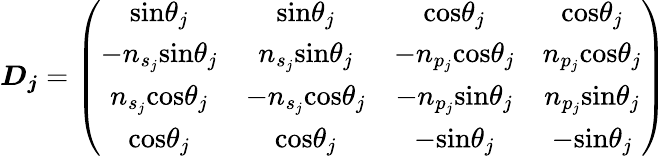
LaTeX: \boldsymbol{D_{j}}=\left(\begin{array}{cccc}{\textrm{sin}\theta_{j}}&{\textrm{sin}\theta_{j}}&{\textrm{cos}\theta_{j}}&{\textrm{cos}\theta_{j}}\\ {-n_{s_{j}}\textrm{sin}\theta_{j}}&{n_{s_{j}}\textrm{sin}\theta_{j}}&{-n_{p_{j}}\textrm{cos}\theta_{j}}&{n_{p_{j}}\textrm{cos}\theta_{j}}\\ {n_{s_{j}}\textrm{cos}\theta_{j}}&{-n_{s_{j}}\textrm{cos}\theta_{j}}&{-n_{p_{j}}\textrm{sin}\theta_{j}}&{n_{p_{j}}\textrm{sin}\theta_{j}}\\ {\textrm{cos}\theta_{j}}&{\textrm{cos}\theta_{j}}&{-\textrm{sin}\theta_{j}}&{-\textrm{sin}\theta_{j}}\end{array}\right)